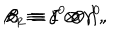
LaTeX: { \beta } _ { 1 } \equiv { \gamma } ^ { 0 } \otimes I , \hspace { 5 m m } { \beta } _ { 2 } \equiv I \otimes { \gamma } ^ { 0 } ,